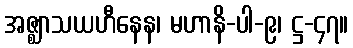
အဇ္ဈာသယဟီနေန၊ မဟာနိ-ပါ-၉၊ ဋ္ဌ-၄၇။